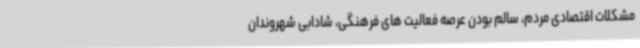
مشکلات اقتصادی مردم، سالم بودن عرصه فعالیت های فرهنگی، شادابی شهروندان